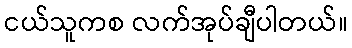
ငယ်သူကစ လက်အုပ်ချီပါတယ်။